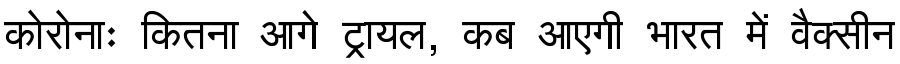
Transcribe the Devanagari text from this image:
कोरोनाः कितना आगे ट्रायल, कब आएगी भारत में वैक्सीन